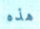
هذه